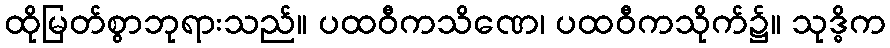
ထိုမြတ်စွာဘုရားသည်။ ပထဝီကသိဏေ၊ ပထဝီကသိုက်၌။ သုဒ္ဓိက